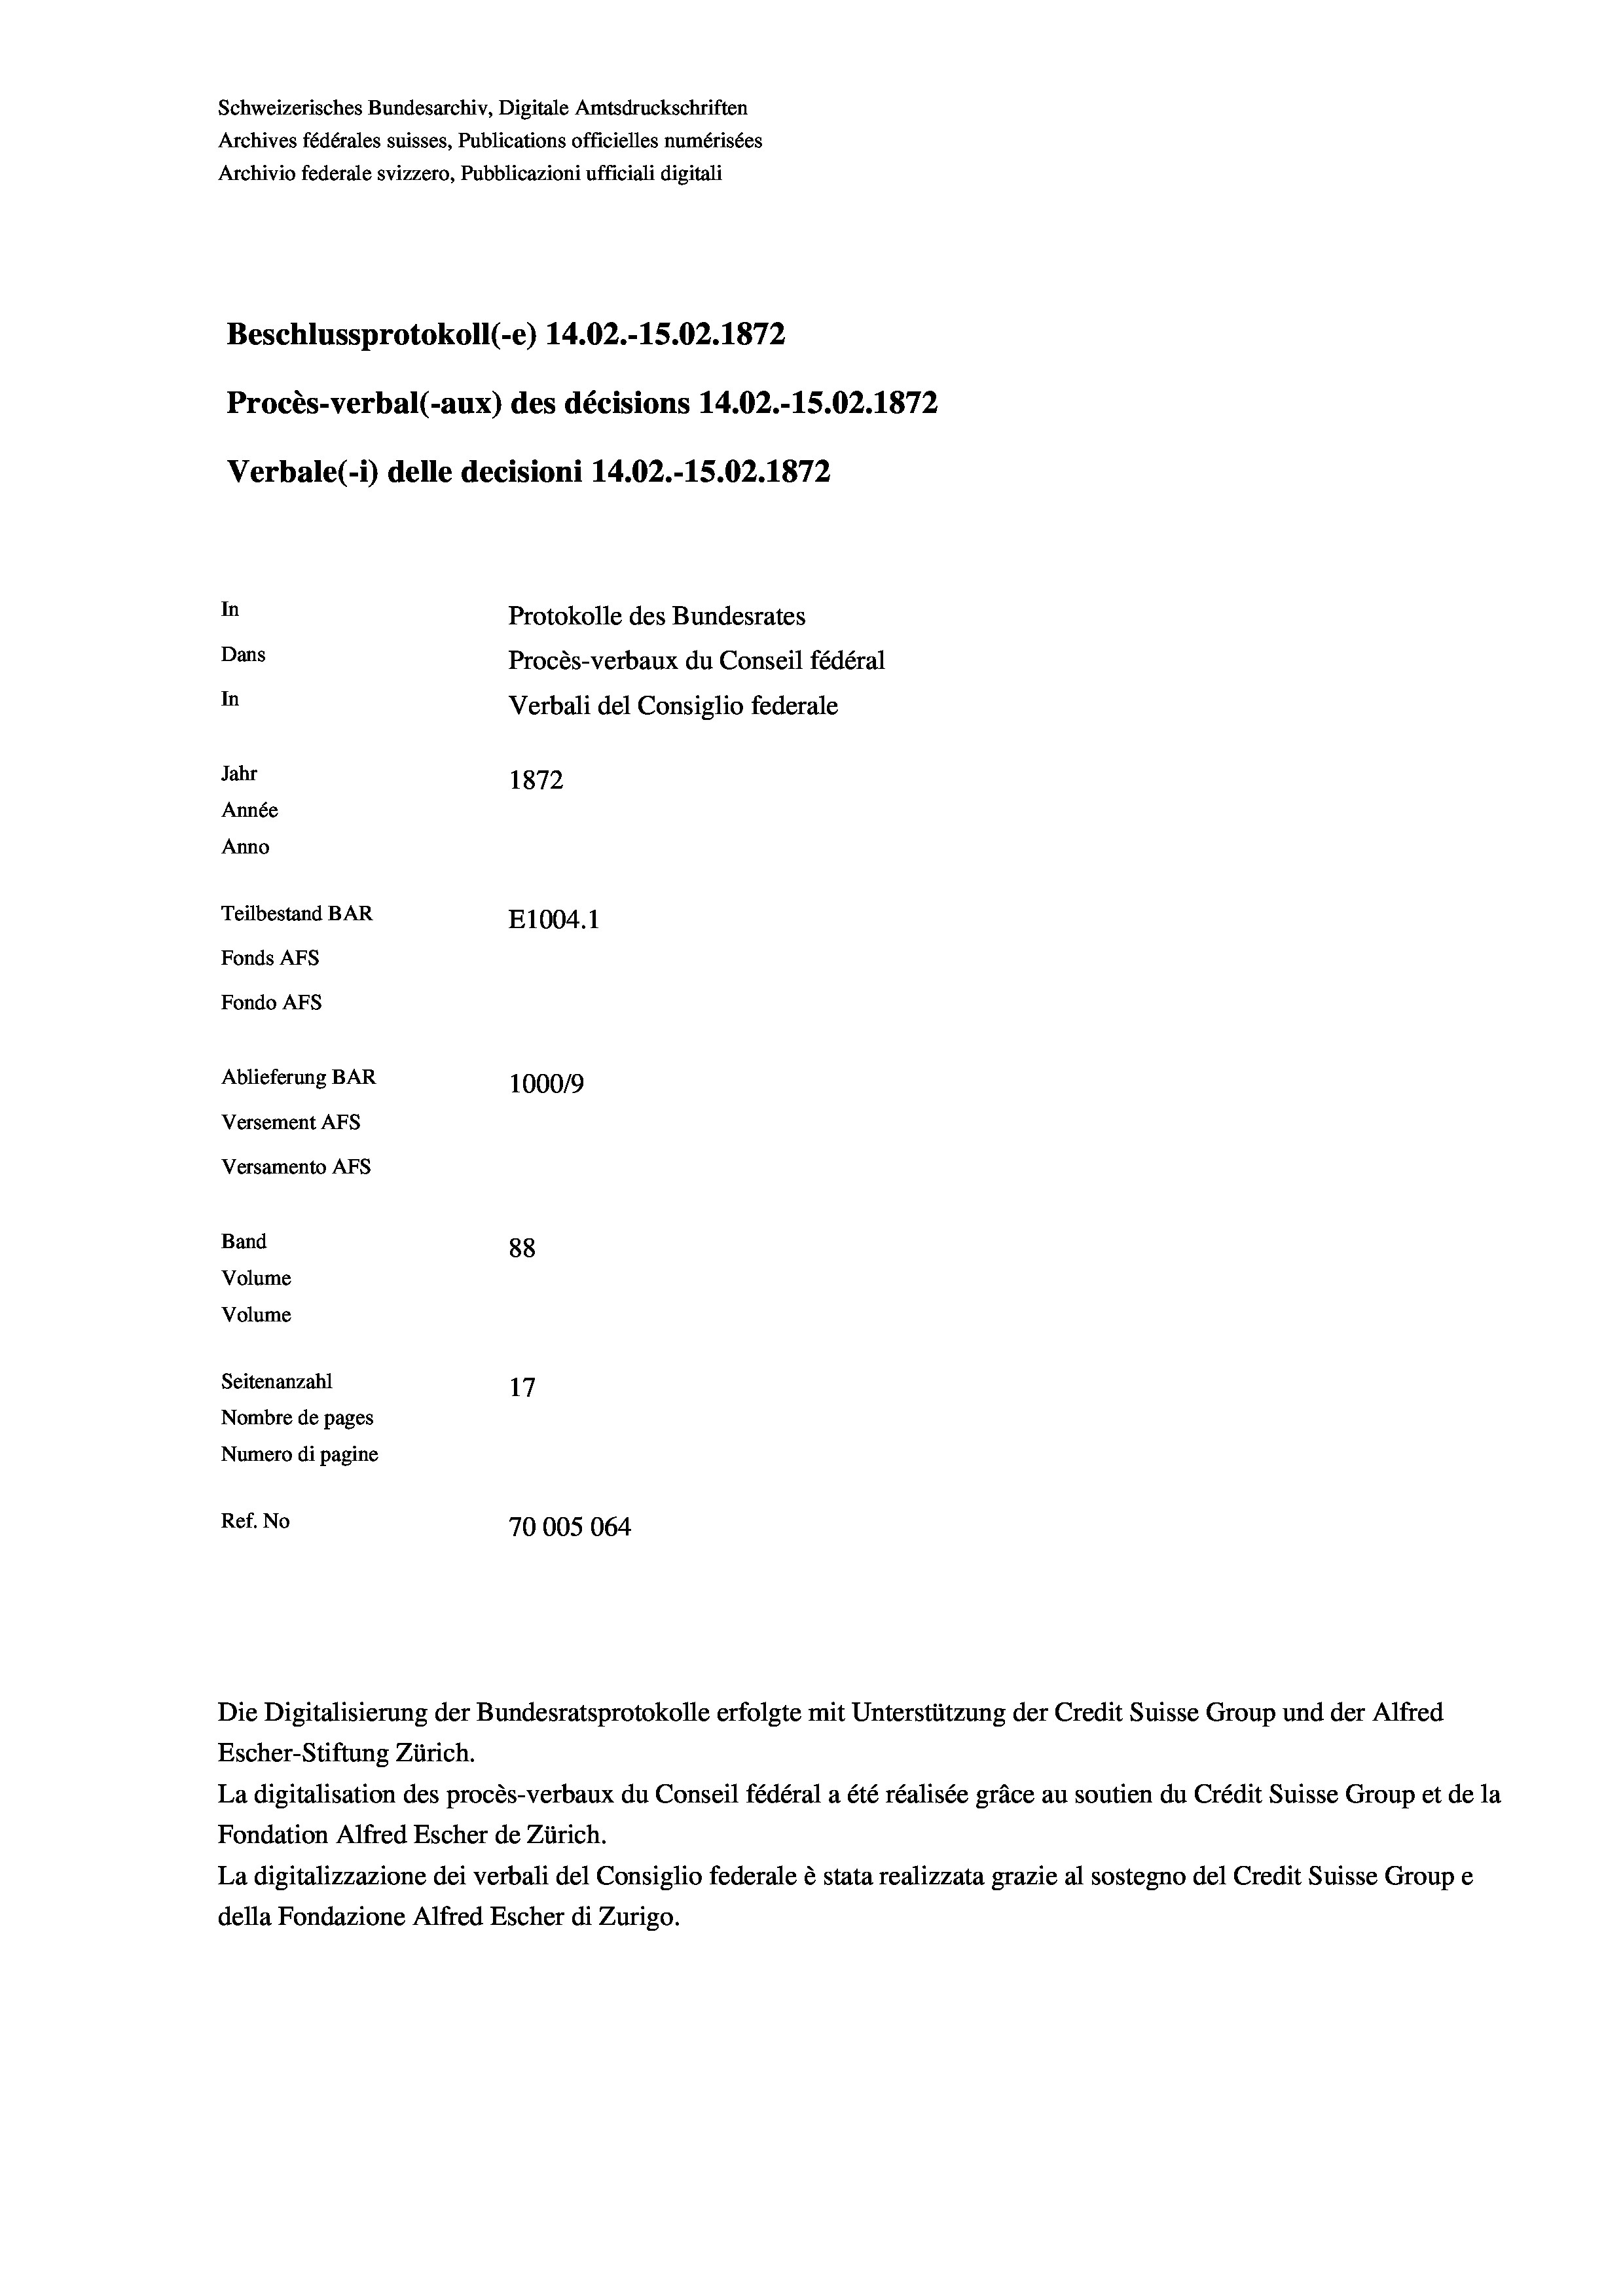
Schweizerisches Bundesarchiv, Digitale Amtsdruckschriften
Archives fédérales suisses, Publications officielles numérisées
Archivio federale svizzero, Pubblicazioni ufficiali digitali
Beschlussprotokoll (-e) 14.02.-15.02. 1872
Procès-verbal (-aux) des décisions 14.02.-15.02. 1872
Verbale(-*) delle decisioni 14.02.-15.02. 1872
In
Protokolle des Bundesrates
Dans
Procès-verbaux du Conseil fédéral
In
Verbali del Consiglio federale
Jahr
1872
Année
Anno
Teilbestand BAR
E1004. 1
Fonds AFs
Fondo AFS
Ablieferung BAR
100019
Versement AFs
Versamento AFs

88
Seitenanzahl
17
Nombre de pages
Numero di pagine
Ref. No
70005064

Band
Volume
Volume

Escher-Stiftung Zürich.
La digitalisation des procès-verbaux du Conseil fédéral a été réalisée gräce au soutien du Crédit Suisse Group et de la
Fondation Alfred Escher de Zürich.
La digitalizzazione dei verbali del Consiglio federale è stata realizzata grazie al sostegno del Credit Suisse Groupe
della Fondazione Alfred Escher di Zurigo.

Die Digitalisierung der Bundesratsprotokolle erfolgte mit Unterstützung der Credit Suisse Group und der Alfred